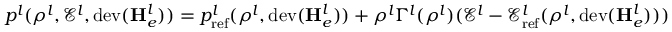
p ^ { l } ( \rho ^ { l } , \mathscr { E } ^ { l } , \mathrm { d e v } ( \mathbf { H } _ { e } ^ { l } ) ) = p _ { \mathrm { r e f } } ^ { l } ( \rho ^ { l } , \mathrm { d e v } ( \mathbf { H } _ { e } ^ { l } ) ) + \rho ^ { l } \Gamma ^ { l } ( \rho ^ { l } ) ( \mathscr { E } ^ { l } - \mathscr { E } _ { \mathrm { r e f } } ^ { l } ( \rho ^ { l } , \mathrm { d e v } ( \mathbf { H } _ { e } ^ { l } ) ) )